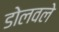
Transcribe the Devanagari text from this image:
डोलवले